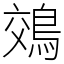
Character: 鵁